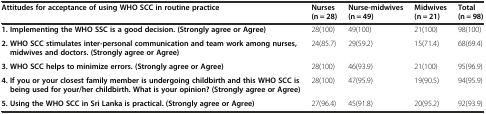
<table><thead><tr><td><b>Attitudes for acceptance of using WHO SCC in routine practice</b></td><td><b>Nurses (n = 28)</b></td><td><b>Nurse-midwives (n = 49)</b></td><td><b>Midwives (n = 21)</b></td><td><b>Total (n = 98)</b></td></tr></thead><tbody><tr><td><b>1. Implementing the WHO SSC is a good decision. (Strongly agree or Agree)</b></td><td>28(100)</td><td>49(100)</td><td>21(100)</td><td>98(100)</td></tr><tr><td><b>2. WHO SCC stimulates inter-personal communication and team work among nurses, midwives and doctors. (Strongly agree or Agree)</b></td><td>24(85.7)</td><td>29(59.2)</td><td>15(71.4)</td><td>68(69.4)</td></tr><tr><td><b>3. WHO SCC helps to minimize errors. (Strongly agree or Agree)</b></td><td>28(100)</td><td>46(93.9)</td><td>21(100)</td><td>95(96.9)</td></tr><tr><td><b>4. If you or your closest family member is undergoing childbirth and this WHO SCC is being used for your/her childbirth. What is your opinion? (Strongly agree or Agree)</b></td><td>28(100)</td><td>47(95.9)</td><td>19(90.5)</td><td>94(95.9)</td></tr><tr><td><b>5. Using the WHO SCC in Sri Lanka is practical. (Strongly agree or Agree)</b></td><td>27(96.4)</td><td>45(91.8)</td><td>20(95.2)</td><td>92(93.9)</td></tr></tbody></table>